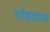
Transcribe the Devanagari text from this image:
मोहछाव